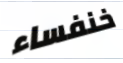
خنفساء